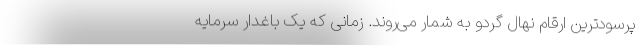
پرسودترین ارقام نهال گردو به شمار می‌­روند. زمانی که یک باغدار سرمایه